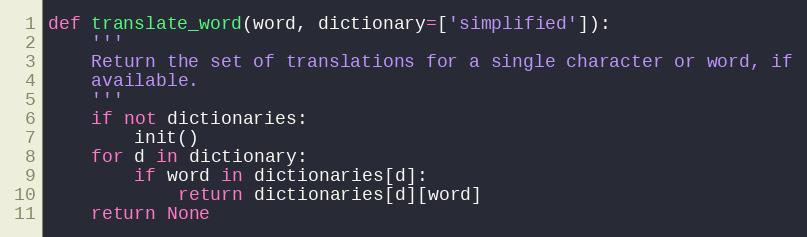
Language: Python
def translate_word(word, dictionary=['simplified']):
    '''
    Return the set of translations for a single character or word, if
    available.
    '''
    if not dictionaries:
        init()
    for d in dictionary:
        if word in dictionaries[d]:
            return dictionaries[d][word]
    return None